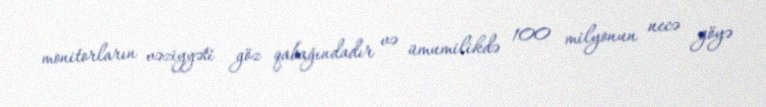
monitorların vəziyyəti göz qabağındadır və ümumilikdə 100 milyonun necə göyə